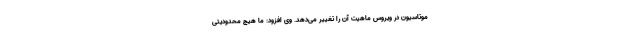
موتاسیون در ویروس ماهیت آن را تغییر می‌دهد. وی افزود: ما هیچ محدودیتی